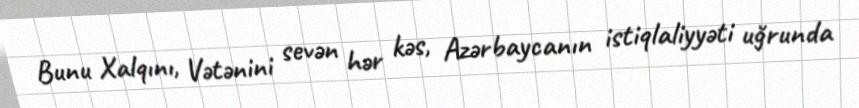
Bunu Xalqını, Vətənini sevən hər kəs, Azərbaycanın istiqlaliyyəti uğrunda